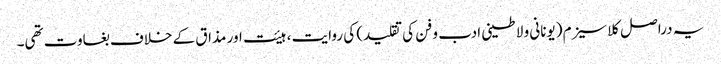
یہ دراصل کلاسیزم (یونانی و لاطینی ادب و فن کی تقلید) کی روایت ، ہیئت اور مذاق کے خلاف بغاوت تھی۔